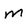
Character: M